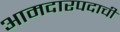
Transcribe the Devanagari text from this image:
आमदारपदाची